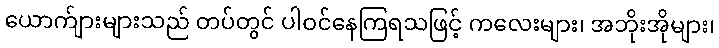
ယောက်ျားများသည် တပ်တွင် ပါဝင်နေကြရသဖြင့် ကလေးများ၊ အဘိုးအိုများ၊